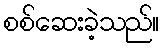
စစ်ဆေးခဲ့သည်။